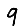
Digit: 9